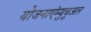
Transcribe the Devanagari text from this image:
योजनाएंम्युचुअल